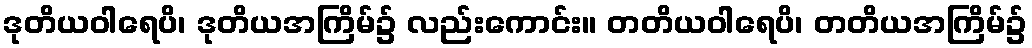
ဒုတိယဝါရေပိ၊ ဒုတိယအကြိမ်၌ လည်းကောင်း။ တတိယဝါရေပိ၊ တတိယအကြိမ်၌